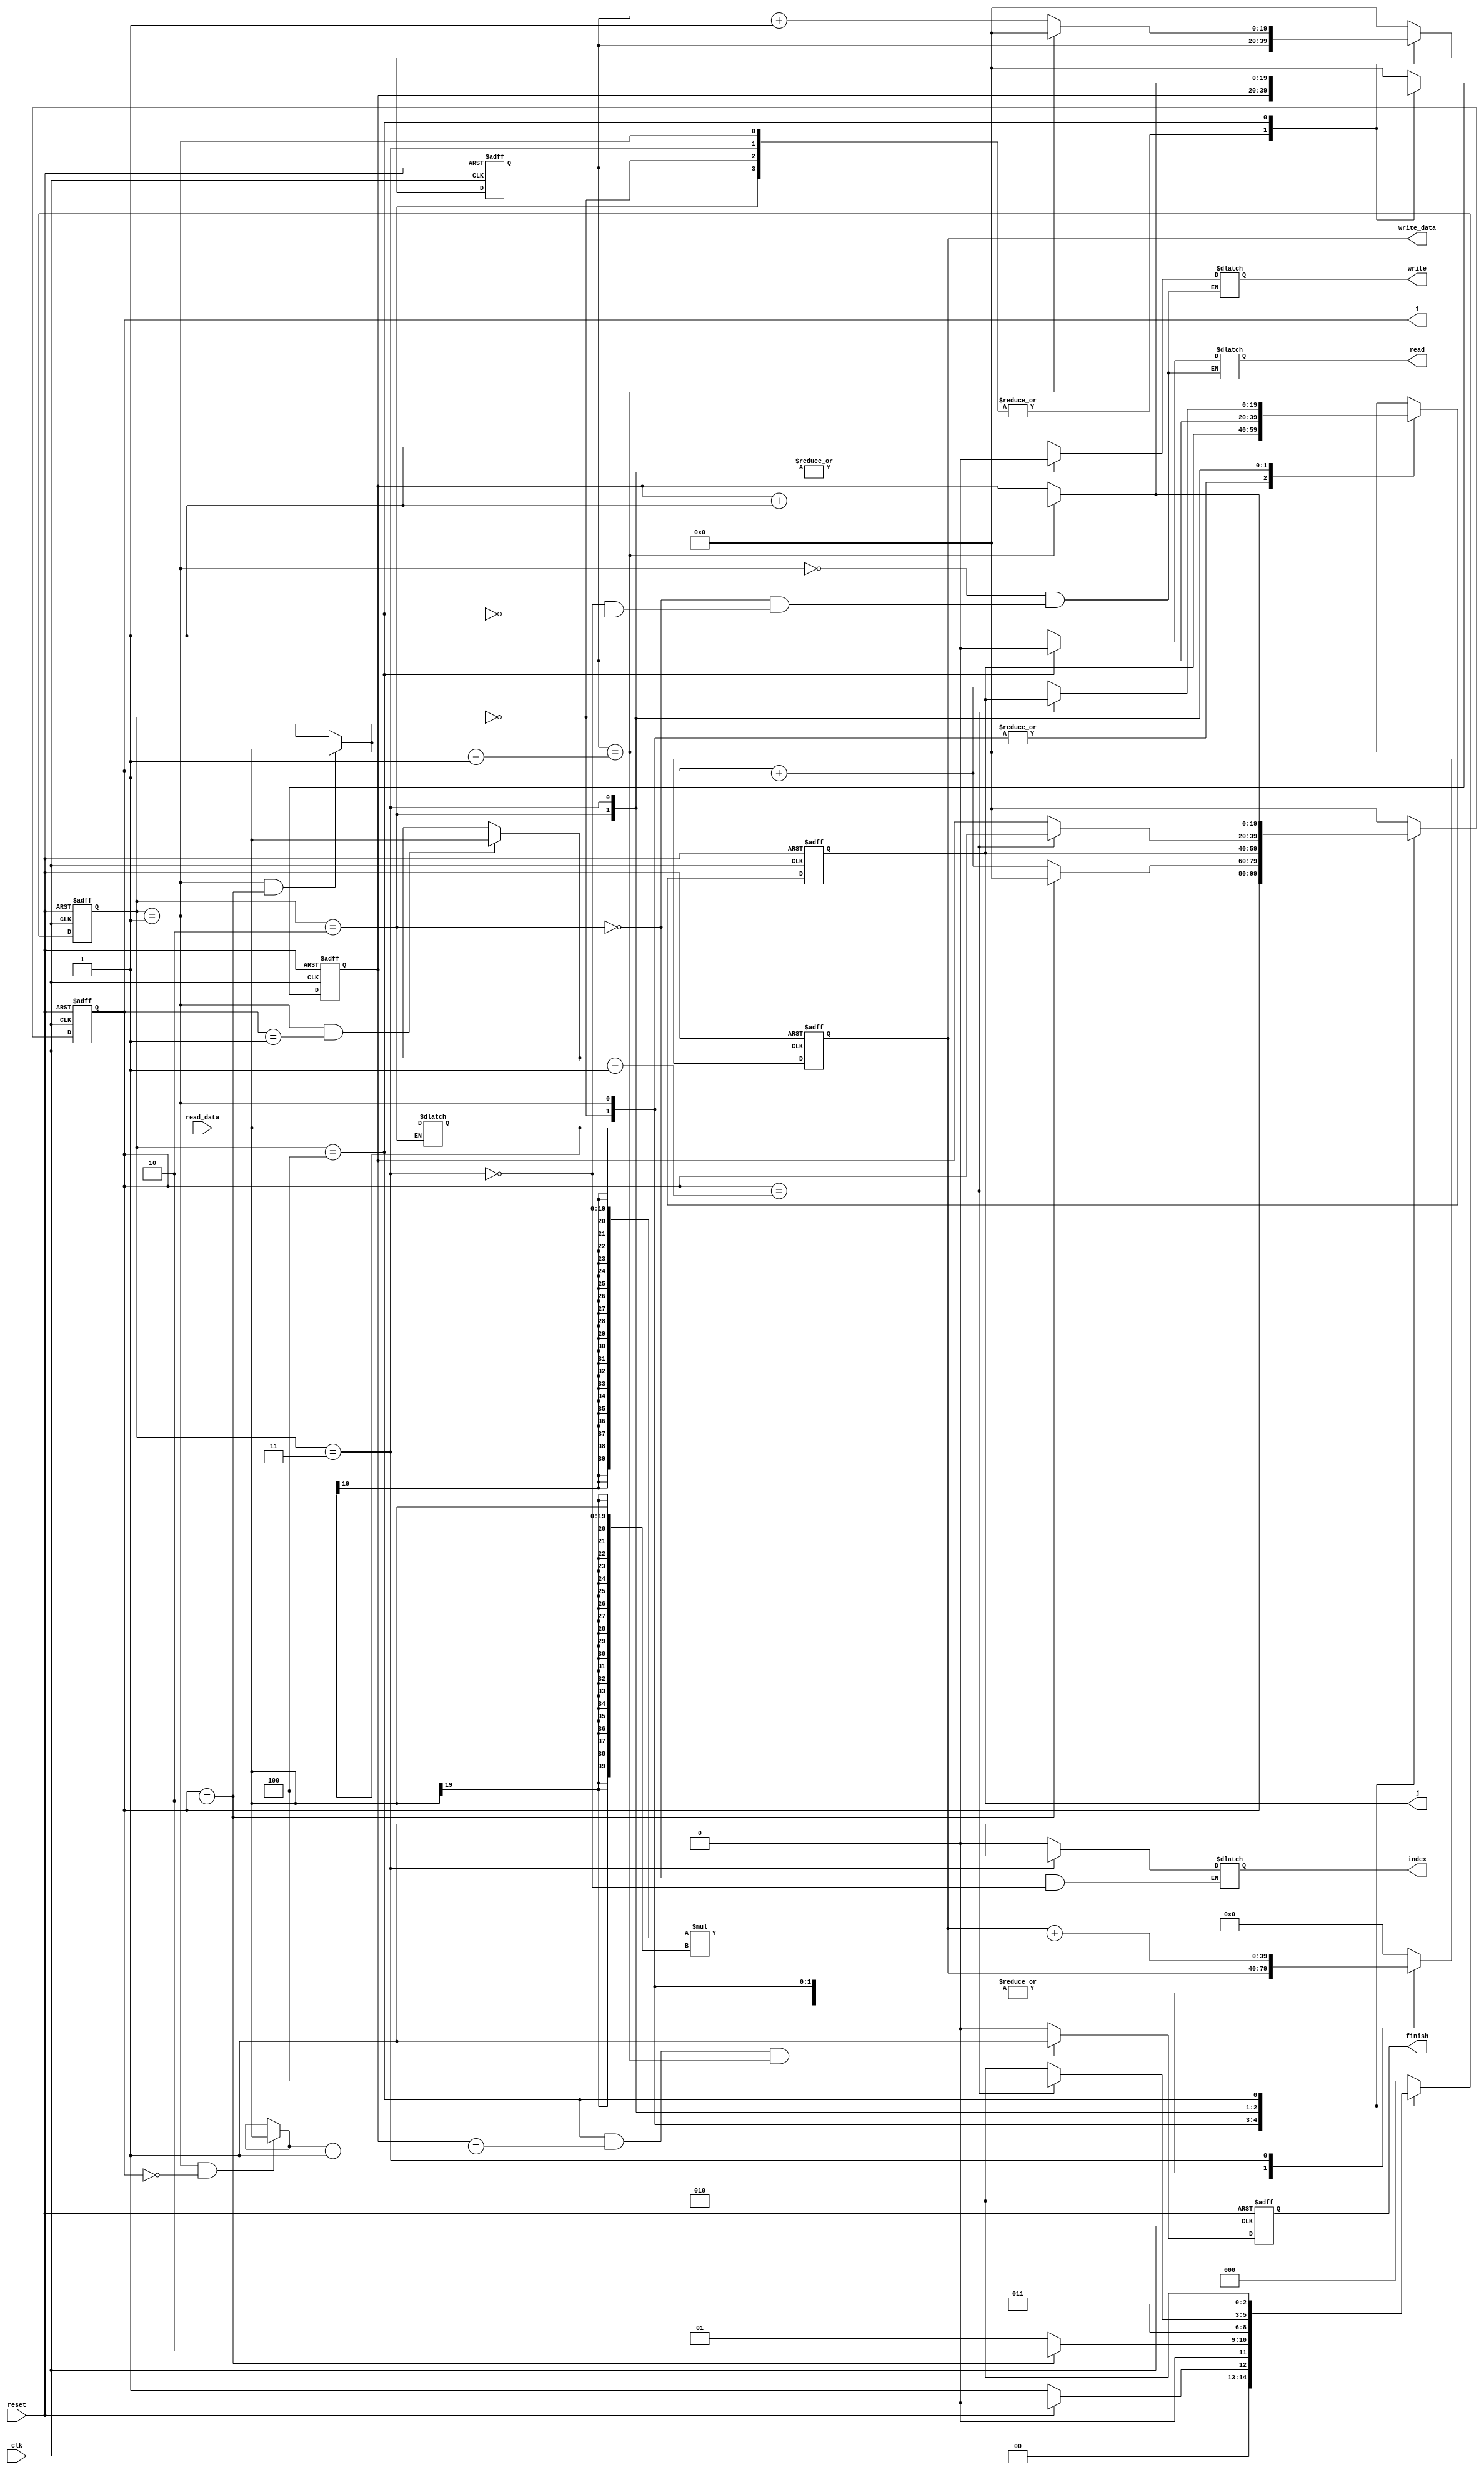
`define IDLE 3'b000
`define s0 3'b001
`define s1 3'b010
`define s2 3'b011
`define s3 3'b100

module MM(clk,i,j,reset,read,write,index,read_data,write_data,finish);
	parameter l=20;
	
	input reset,clk;
	input [l-1:0]read_data;
	
	output reg [l-1:0]i,j;
	output reg read,write,index;
	output reg finish;
	output [2*l-1:0]write_data;

	reg [2:0] state, next_state;
	reg [l-1:0] next_i;
	reg [l-1:0] next_j;
	reg [l-1:0] savingA;
	reg [2*l-1:0] write_data, next_write_data;
	reg [l-1:0] next_m, next_n;
	reg [l-1:0] m, n;

	wire [l-1:0] a, b, c;
	wire next_finish;

	always@ (posedge reset or posedge clk) begin
		if(reset == 1'b1)begin
			state <= `IDLE;
			i <= 20'd0;
			j <= 20'd0;
			write_data <= 40'd0;
			m <= 20'd0;
			n <= 20'd0;
			finish <= 1'b0;
		end
		else begin
			state <= next_state;
			i <= next_i;
			j <= next_j;
			write_data <= next_write_data;
			m <= next_m;
			n <= next_n;
			finish <= next_finish;
		end
	end

	always@(*)begin
		next_state = state;		
		next_i = i;
		next_j = j;
		next_m = m;
		next_n = n;
		next_write_data = write_data;
		case(state)
			`IDLE : begin
				next_state = (reset == 1'b0) ? `s0 : `IDLE;
			end
			`s0 : begin
				read = 1'b1;
				write = 1'b1;
				next_i = (i == 20'd2) ? 20'd0 : i + 20'd1;
				next_state = (i == 20'd2) ? `s1 : `s0;
			end
			`s1 : begin
				read = 1'b1;
				write = 1'b0; 
				index = 1'b0;
				next_state = `s2;
				next_i = j;
				next_j = n;
				savingA = read_data;
			end
			`s2 : begin
				read = 1'b1;
				write = 1'b0;
				index = 1'b1;
				next_write_data = write_data 
				+ {{20{savingA[19]}} , savingA} 
				* {{20{read_data[19]}} , read_data};
				if (i == b - 20'd1)
					next_state = `s3;
				else begin
				 	next_state = `s1;
					next_i = m;
					next_j = i + 20'd1;
				end
 			end
			`s3 : begin
				read = 1'b0;
				write = 1'b1;
				next_write_data = 40'd0;
				if(n == c - 20'd1) begin
					next_state = `s1;
					next_i = m + 20'd1;
					next_j = 20'd0;
					next_m = m + 20'd1;
					next_n = 20'd0;
				end
				else begin
					next_state = `s1;
					next_i = m;
					next_j = 20'd0;
					next_m = m;
					next_n = n + 20'd1;
				end
			end
			default : begin
				next_state = `IDLE;
				next_write_data = 40'd0;
				next_i = 20'd0;
				next_j = 20'd0;
				next_m = 20'd0;
				next_n = 20'd0;
			end
		endcase
	end

	assign a = (state == `s0 && i == 20'd0) ? read_data : a;
	assign b = (state == `s0 && i == 20'd1) ? read_data : b;
	assign c = (state == `s0 && i == 20'd2) ? read_data : c;
	assign next_finish = (state == `s3 && m == a - 20'd1 && n == c - 20'd1)? 1'b1 : 1'b0;

endmodule